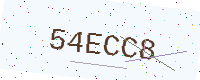
Text: 54ECC8